Trukikaitis_Postimees, lk 4
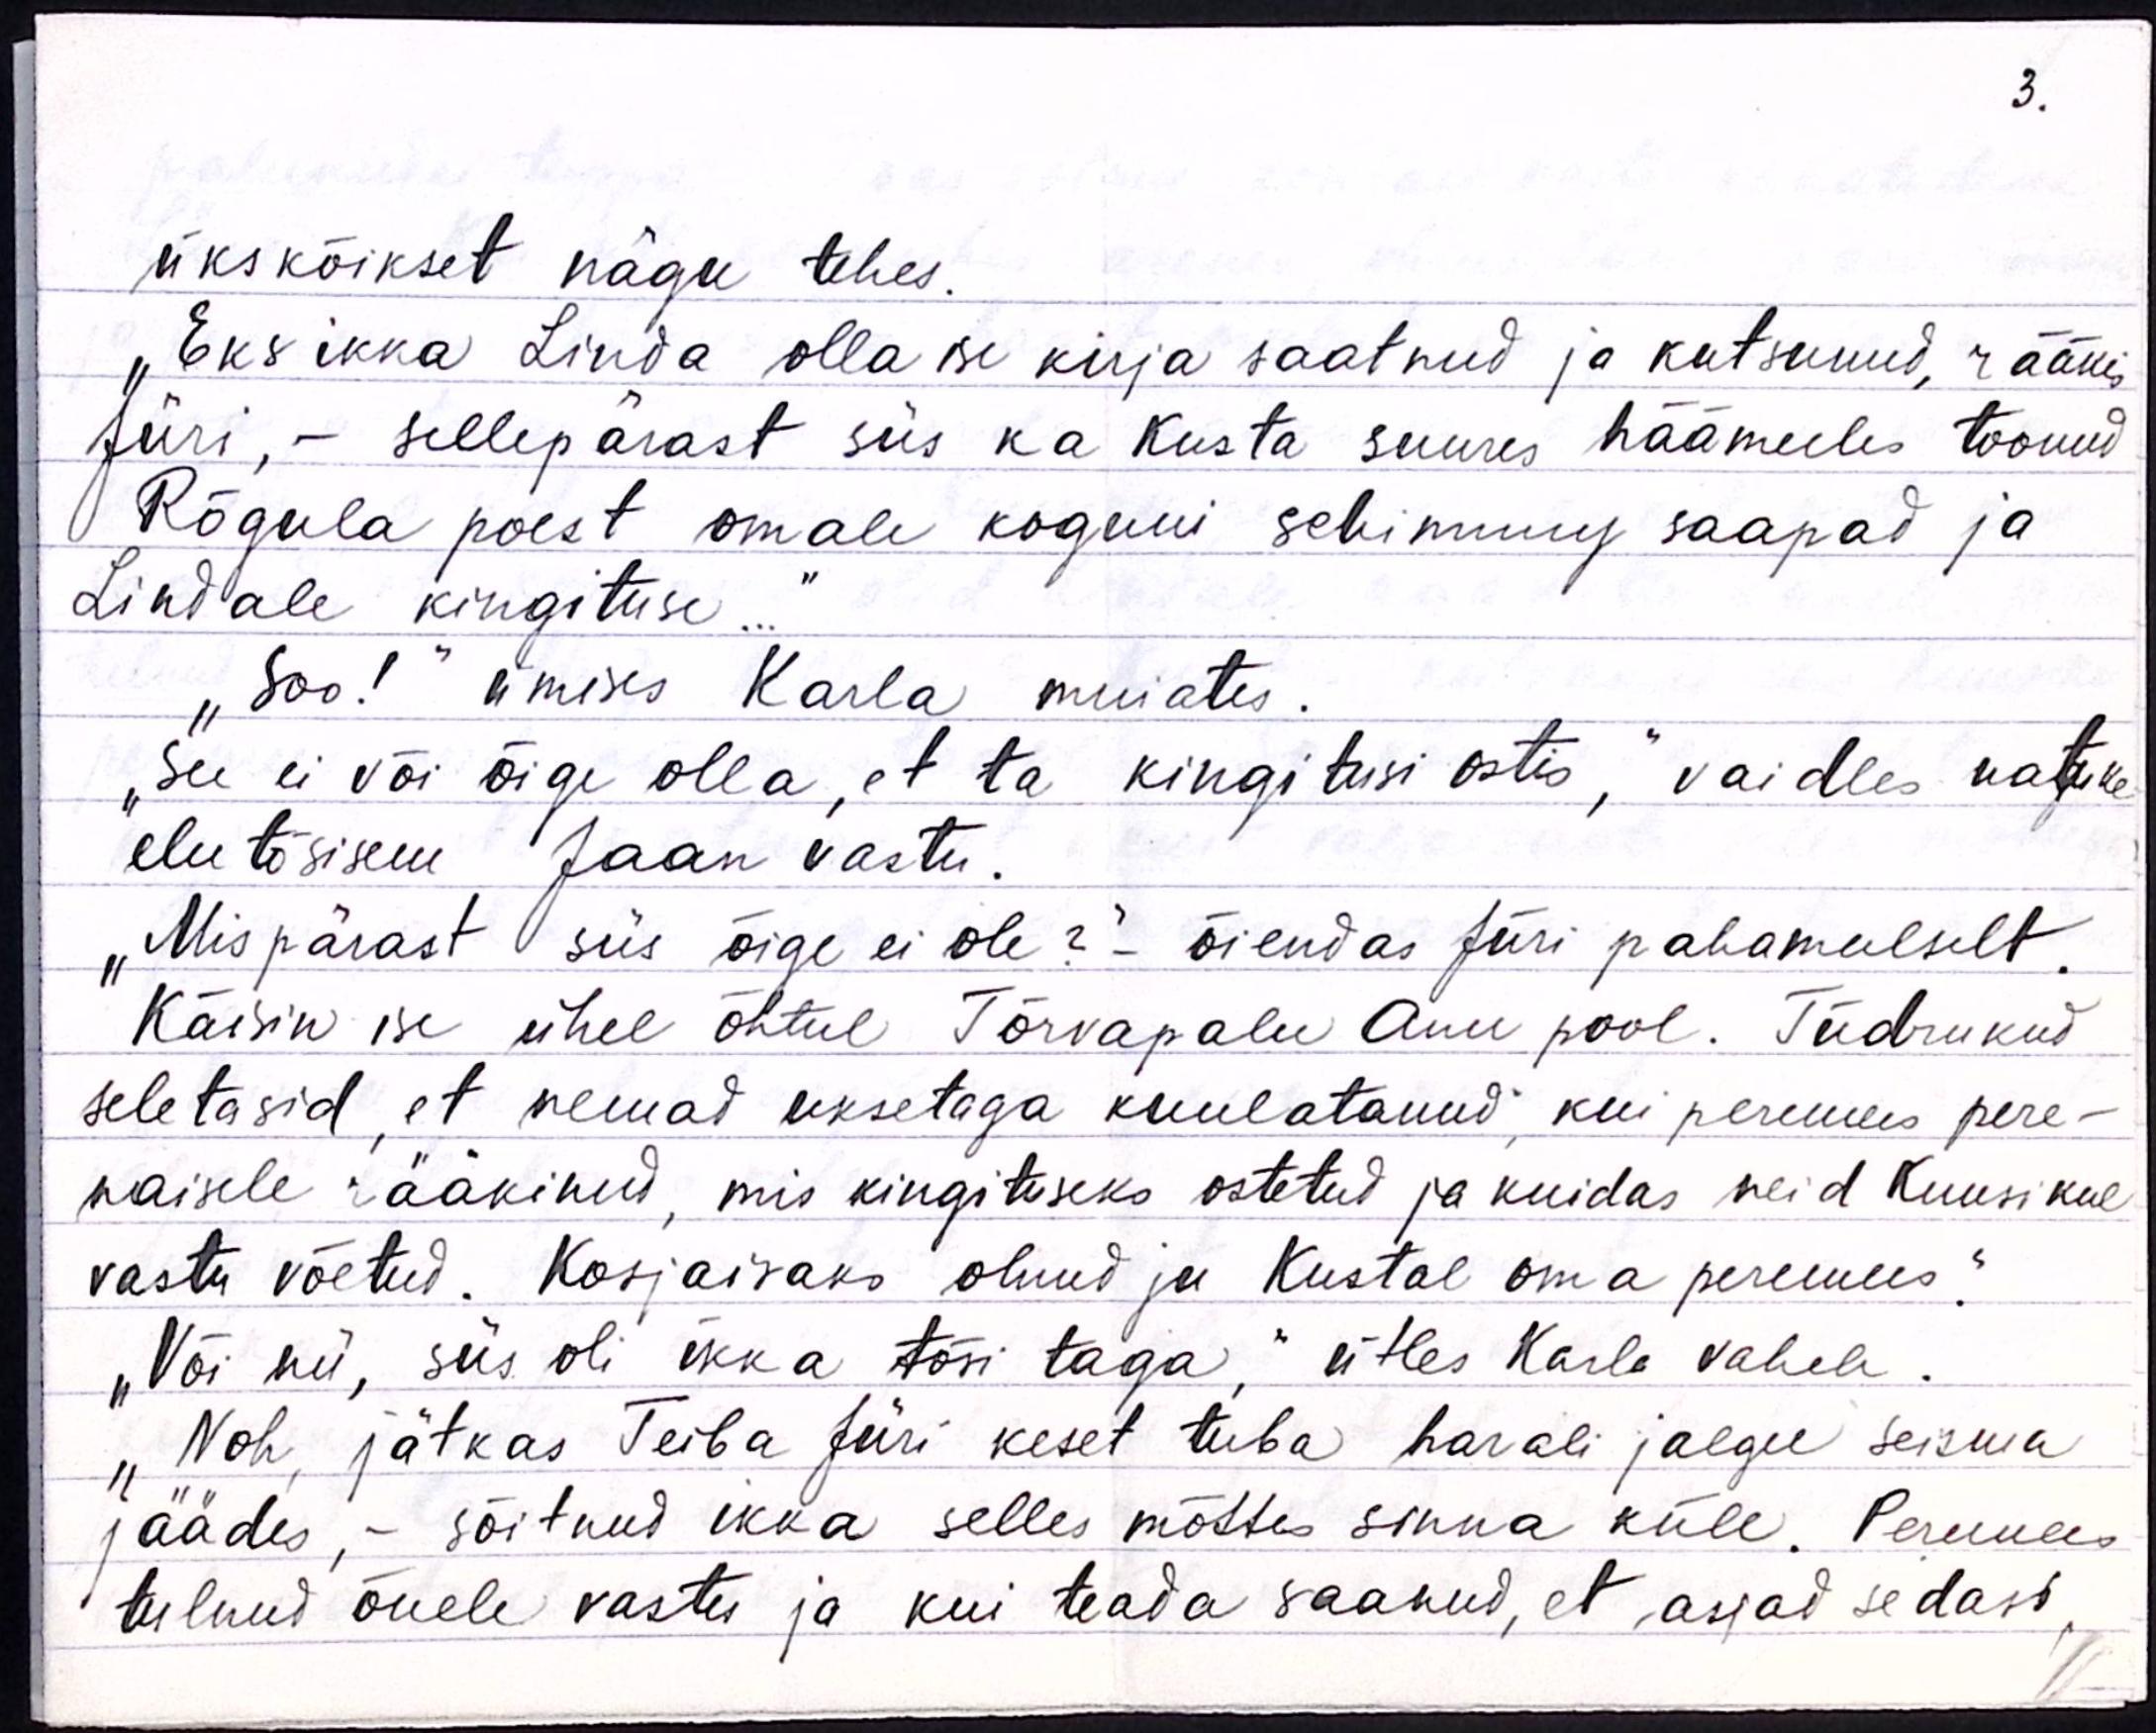
3.

ükskõikset nägu tehes.
"Eks ikka Linda olla ise kirja saatnud ja kutsunud, rääkis-
Jüri, - sellepärast siis ka kusta suures häämeeles toonud
Rõgula poest omale koguni sebinnus saapad ja
Lindale kingituse..."
"Soo!" ümises Karla muiates
"See ei või õige olla, et ta kingitusi ostis," vaidles natule-
elutõsisem Jaan vastu.
"Mispärast siis õige ei ole?“ õiendas Jüri pahameelselt,
Käisin ise ühel õhtul Tõrvapalu Anu pool. Tüdrukud
seletasid, et nemad uksetaga kuulatanud, kui perimees pere-
naisele rääkinud, mis kingituseks ostetud ja kuidas neid Kuusikul
vastu võetud. Kosjaisaks olnud ju Kustal oma peremees."
"Või nii, siis oli ikka tõsi taga." ütles Karla vahele.
"Noh, jätkas Teiba Jüri keset tuba harali jalgu seiswa
jäädes, - sõitnud ikka selles mõttes sinna küll. Permees
tulnud õuele vastu ja kui teada saanud, et asjad sedasi,